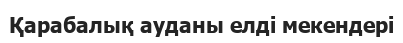
Қарабалық ауданы елді мекендері